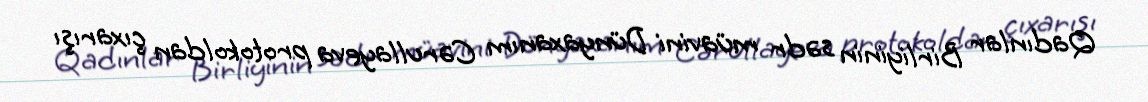
Qadınlar Birliyinin sədr müavini Dünyaxanım Cərullayeva protokoldan çıxarışı